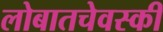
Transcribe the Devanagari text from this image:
लोबातचेवस्की